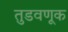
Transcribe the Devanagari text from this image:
तुडवणूक